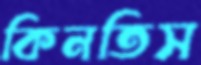
কিনতিস